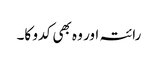
رائتہ اور وہ بھی کدو کا۔